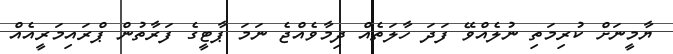
ޔާމީނަށް ކުރިމަތި ނުލެއްވޭ ފަދަ ހާލަތެއް ދިމާވެއްޖެ ނަމަ ޕާޓީގެ ފަރާތުން ޕްރައިމަރީއެއް